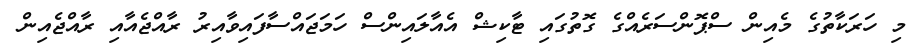
މި ހަރަކާތުގެ މެއިން ސްޕޮންސަރެއްގެ ގޮތުގައި ޓާކިޝް އެއާލައިންސް ހަމަޖައްސާފައިވާއިރު ރާއްޖެއާއި ރާއްޖެއިން